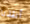
أنقذنا